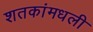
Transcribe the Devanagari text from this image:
शतकांमधली